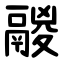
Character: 鬷